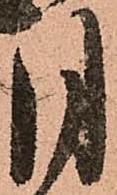
月